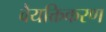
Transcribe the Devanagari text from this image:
वैयक्तिकरण